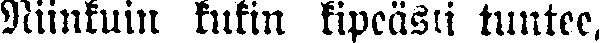
Niinkuin kukin kipeästi tuntee,